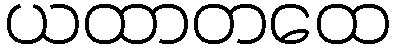
ယထာတထေ